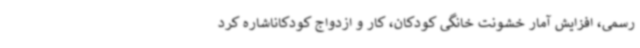
رسمی، افزایش آمار خشونت خانگی کودکان، کار و ازدواج کودکاناشاره کرد